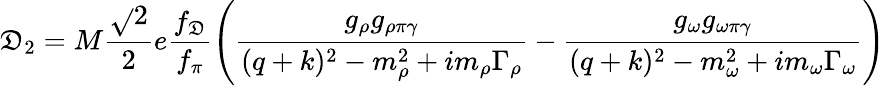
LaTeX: \mathfrak{D}_{2}=M\frac{{\sqrt{}{{2}}}}{{2}}e\frac{{f_{\mathfrak{D}}}}{{f_{\pi}}}\left(\frac{{g_{\rho}g_{\rho\pi\gamma}}}{{(q+k)^{2}-m_{\rho}^{2}+im_{\rho}\Gamma_{\rho}}}-\frac{{g_{\omega}g_{\omega\pi\gamma}}}{{(q+k)^{2}-m_{\omega}^{2}+im_{\omega}\Gamma_{\omega}}}\right)